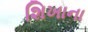
શિખાના